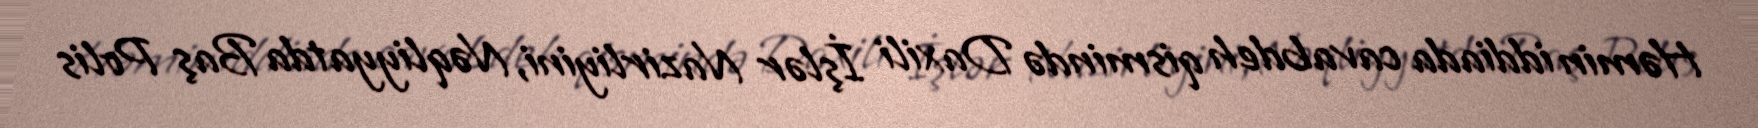
Həmin iddiada cavabdeh qismində Daxili İşlər Nazirliyini, Nəqliyyatda Baş Polis